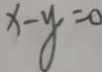
x - y = 0